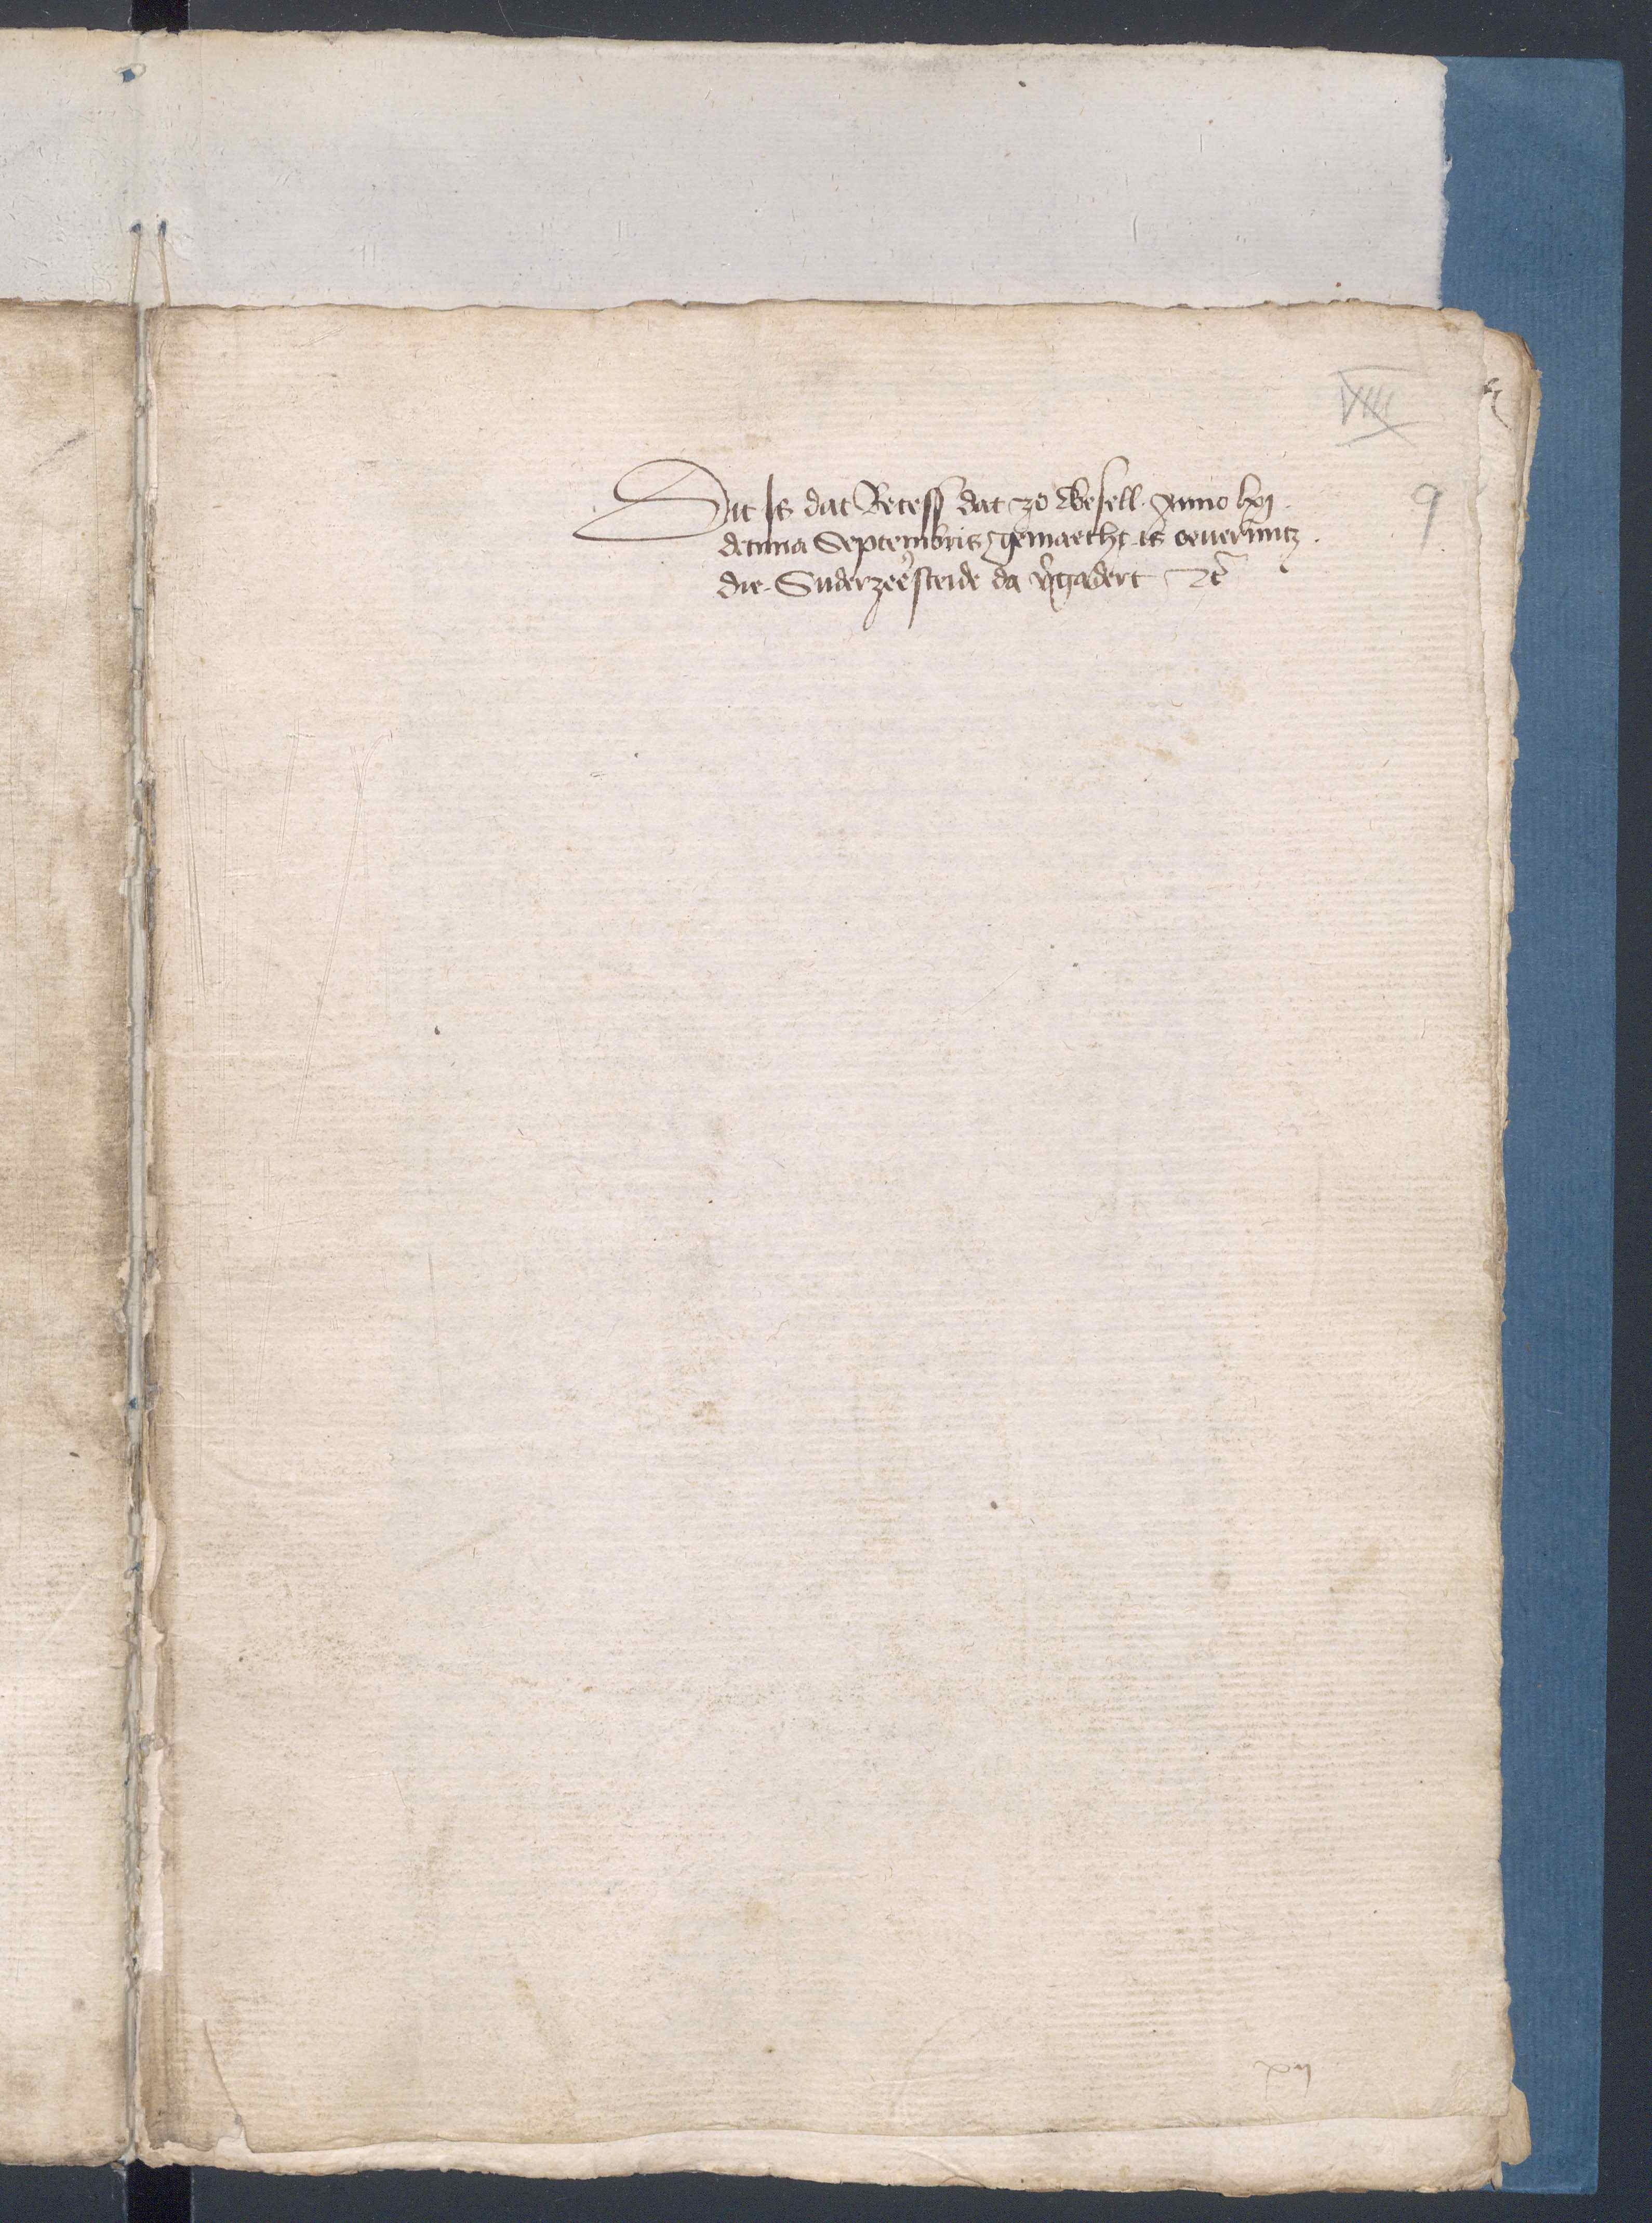
Dat Js dat Recess dat zo Wesell anno lxj
de nna Septembris gemacht is auerintz
die Suderzeesteide da vergadert etcetera